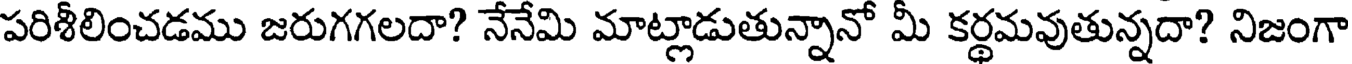
పరిశీలించడము జరుగగలదా? నేనేమి మాట్లాడుతున్నానో మీ కర్థమవుతున్నదా? నిజంగా